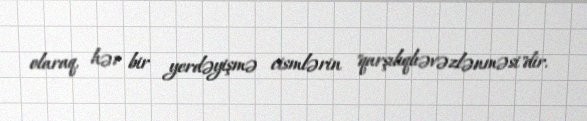
olaraq, hər bir yerdəyişmə cismlərin "qarşılıqlıəvəzlənməsi"dir.